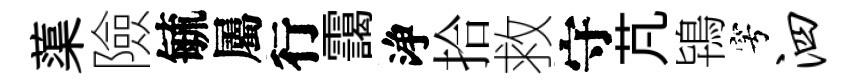
蕖險毓屬行靄浄拾救守芃鴇穹泗